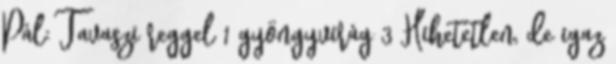
Pál: Tavaszi reggel 1 gyöngyvirág 3 Hihetetlen, de igaz